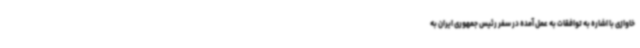
خاوازی با اشاره به توافقات به عمل آمده در سفر رئیس جمهوری ایران به